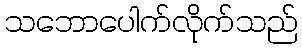
သဘောပေါက်လိုက်သည်